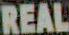
REAL